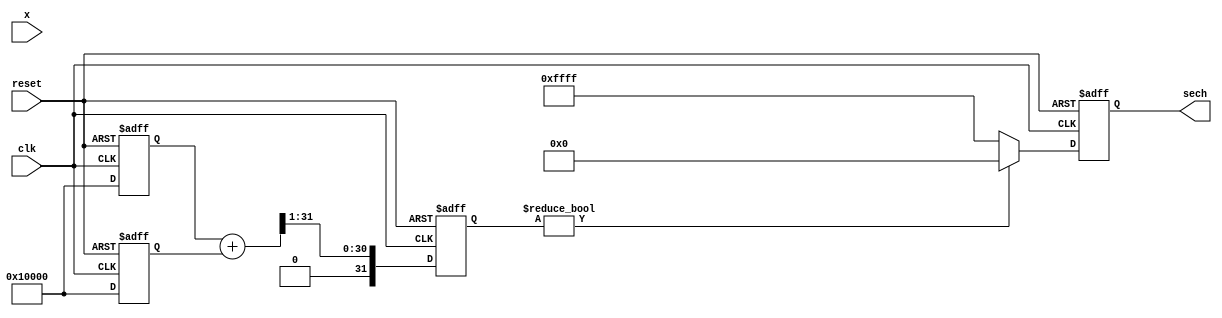
module hyperbolic_secant (
    input wire [15:0] x,      // Input value (16 bits, fixed-point)
    output wire [15:0] sech,  // Output value (16 bits, fixed-point)
    input wire clk,           // Clock signal
    input wire reset          // Reset signal
);

    reg [31:0] exp_x;         // Intermediate storage for e^x
    reg [31:0] exp_neg_x;     // Intermediate storage for e^(-x)
    reg [31:0] cosh_x;        // Intermediate storage for cosh(x)
    reg [31:0] cosh_x_rec;    // Intermediate storage for 1/cosh(x)
    
    // Exponential calculation (stub for e^x and e^(-x)
    function [31:0] exp_func;
        input [15:0] value;
        // Placeholder for actual implementation of e^x (use CORDIC or Taylor series)
        begin
            exp_func = 32'h00010000; // Placeholder for e^(value)
        end
    endfunction

    // Reciprocal calculation (stub for reciprocal)
    function [31:0] reciprocal;
        input [31:0] value;
        // Placeholder for actual implementation of the reciprocal (use Newton-Raphson)
        begin
            reciprocal = 32'h00010000; // Placeholder for 1/value
        end
    endfunction

    // Sequential process to compute sech
    always @(posedge clk or posedge reset) begin
        if (reset) begin
            exp_x <= 0;
            exp_neg_x <= 0;
            cosh_x <= 0;
            cosh_x_rec <= 0;
        end else begin
            exp_x <= exp_func(x);                      // Calculate e^x
            exp_neg_x <= exp_func(-x);                 // Calculate e^(-x)
            cosh_x <= (exp_x + exp_neg_x) >> 1;       // Calculate cosh(x)

            if (cosh_x != 0) begin                      // Avoid division by zero
                cosh_x_rec <= reciprocal(cosh_x);     // Calculate 1/cosh(x)
            end else begin
                cosh_x_rec <= 32'hFFFFFFFF;            // Handle error (e.g., saturation)
            end
        end
    end

    // Assign output
    assign sech = cosh_x_rec[15:0];                  // Output should be properly scaled

endmodule